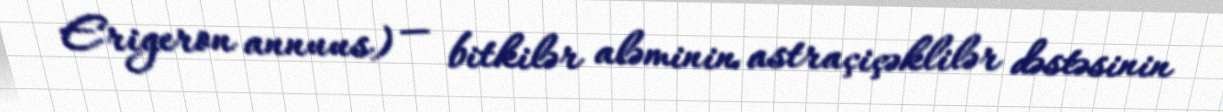
Erigeron annuus) — bitkilər aləminin astraçiçəklilər dəstəsinin